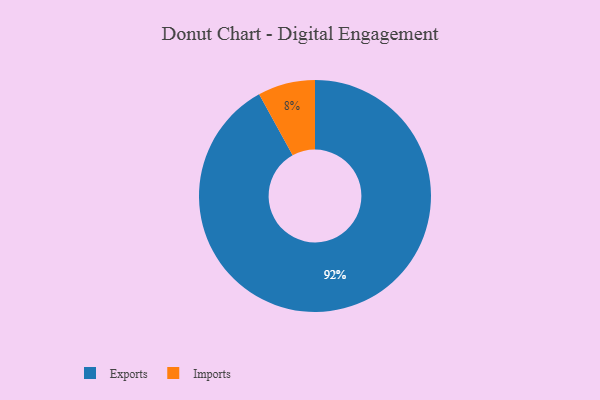
{"axis": {"x": "Category", "y": "Percentage"}, "legend": ["Exports", "Imports"], "data": [{"x": "Exports", "y": 92, "type": "Exports"}, {"x": "Imports", "y": 8, "type": "Imports"}]}